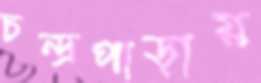
চন্দ্রপাড়ায়